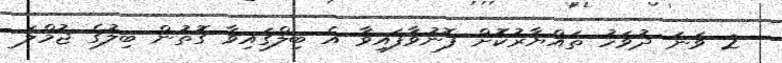
2 ވަނަ ދުވަހު ތައްޔާރުކޮށް ފޮނުވާފައިވާ އެ ބިލްގައިވާ ގޮތުން ބިލުގެ ޖުމްލަ